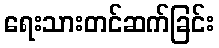
ရေးသားတင်ဆက်ခြင်း